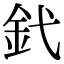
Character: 釴